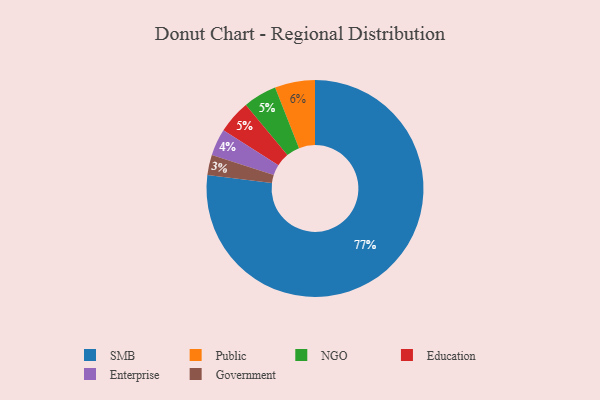
{"axis": {"x": "Category", "y": "Percentage"}, "legend": ["Education", "Enterprise", "Government", "NGO", "Public", "SMB"], "data": [{"x": "SMB", "y": 77, "type": "SMB"}, {"x": "NGO", "y": 5, "type": "NGO"}, {"x": "Enterprise", "y": 4, "type": "Enterprise"}, {"x": "Government", "y": 3, "type": "Government"}, {"x": "Education", "y": 5, "type": "Education"}, {"x": "Public", "y": 6, "type": "Public"}]}